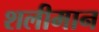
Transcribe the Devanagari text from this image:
शलीमान